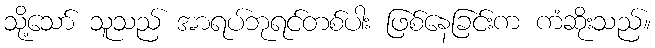
သို့သော် သူသည် အာရပ်ဘုရင်တစ်ပါး ဖြစ်နေခြင်းက ကံဆိုးသည်။